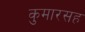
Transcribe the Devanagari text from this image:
कुमारसह